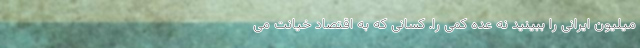
میلیون ایرانی را ببینید نه عده کمی را. کسانی که به اقتصاد خیانت می